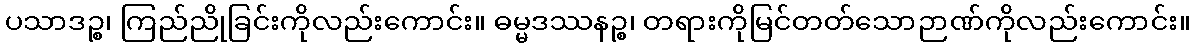
ပသာဒဉ္စ၊ ကြည်ညိုခြင်းကိုလည်းကောင်း။ ဓမ္မဒဿနဉ္စ၊ တရားကိုမြင်တတ်သောဉာဏ်ကိုလည်းကောင်း။